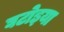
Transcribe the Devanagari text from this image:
घटोइया